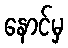
နောင်မှ